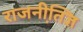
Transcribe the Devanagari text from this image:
राजनीति़ज्ञ